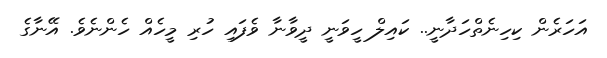
އަަހަރެން ކިހިނެތްހަދާނީ.. ކައިލް ހީވަނީ ދީވާނާ ވެފައި ހުރި މީހެއް ހެންނެވެ. އޭނާގެ